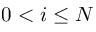
0 < i \leq N